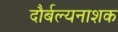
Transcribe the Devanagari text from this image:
दौर्बल्यनाशक